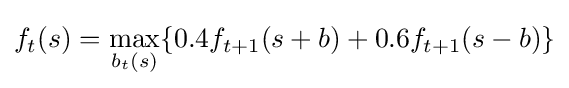
f_{t}(s)=\max _{b_{t}(s)}\{0.4f_{t+1}(s+b)+0.6f_{t+1}(s-b)\}